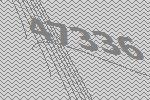
47336